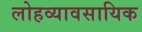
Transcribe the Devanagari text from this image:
लोहव्यावसायिक